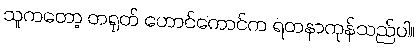
သူကတော့ တရုတ် ဟောင်ကောင်က ရတနာကုန်သည်ပါ။